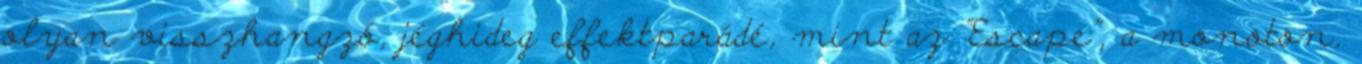
olyan visszhangzó, jéghideg effektparádé, mint az "Escape", a monoton,